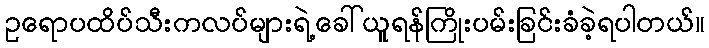
ဥရောပထိပ်သီးကလပ်များရဲ့ခေါ်ယူရန်ကြိုးပမ်းခြင်းခံခဲ့ရပါတယ်။